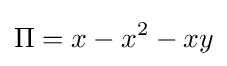
\Pi =x-x^{2}-xy